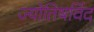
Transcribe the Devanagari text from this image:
ज्योतिषविंद